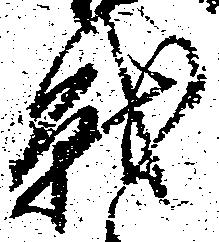
戦